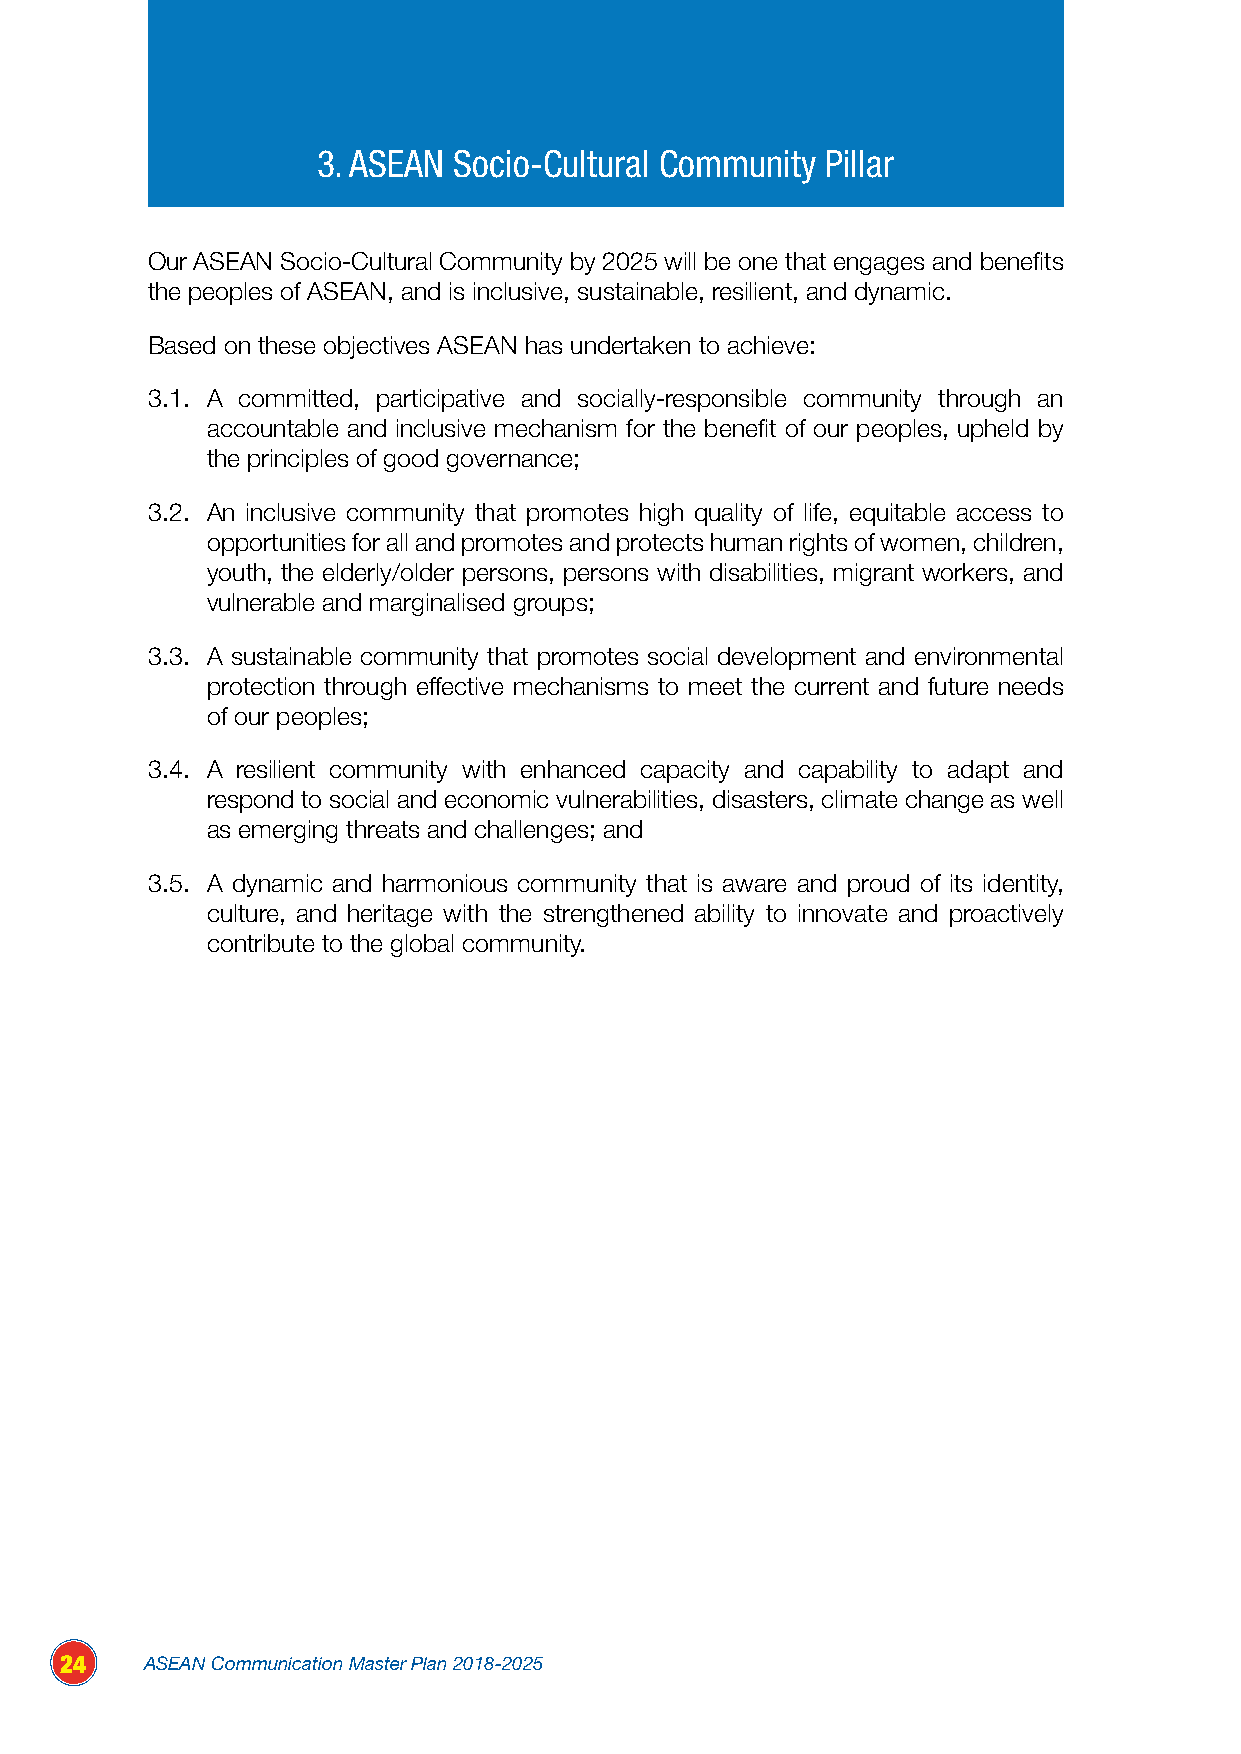
3. ASEAN Socio-Cultural Community Pillar
 Our ASEAN Socio-Cultural Community by 2025 will be one that engages and benefits
 the peoples of ASEAN, and is inclusive, sustainable, resilient, and dynamic.
 Based on these objectives ASEAN has undertaken to achieve:
 3.1. A committed, participative and socially-responsible community through an
 accountable and inclusive mechanism for the benefit of our peoples, upheld by
 the principles of good governance;
 3.2. An inclusive community that promotes high quality of life, equitable access to
 opportunities for all and promotes and protects human rights of women, children,
 youth, the elderly/older persons, persons with disabilities, migrant workers, and
 vulnerable and marginalised groups;
 3.3. A sustainable community that promotes social development and environmental
 protection through effective mechanisms to meet the current and future needs
 of our peoples;
 3.4. A resilient community with enhanced capacity and capability to adapt and
 respond to social and economic vulnerabilities, disasters, climate change as well
 as emerging threats and challenges; and
 3.5. A dynamic and harmonious community that is aware and proud of its identity,
 culture, and heritage with the strengthened ability to innovate and proactively
 contribute to the global community.
 24    ASEAN Communication Master Plan 2018-2025